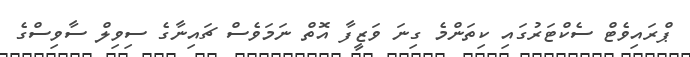
ޕްރައިވެޓް ސެކްޓަރުގައި ކިތަންމެ ގިނަ ވަޒީފާ އޮތް ނަމަވެސް ޗައިނާގެ ސިވިލް ސާވިސްގެ